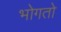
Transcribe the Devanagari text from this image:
भोगतो